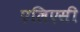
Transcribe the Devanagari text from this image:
एलिएसी